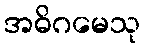
အဓိဂမေသု